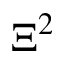
\Xi ^ { 2 }